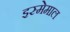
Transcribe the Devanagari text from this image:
इस्मेमाल